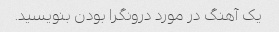
یک آهنگ در مورد درونگرا بودن بنویسید.